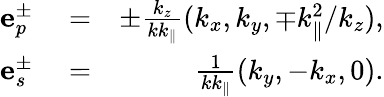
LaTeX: \begin{array}{rlr}{\mathbf{e}_{p}^{\pm}}&{{}=}&{\pm\frac{k_{z}}{kk_{\| }}(k_{x},k_{y},\mp k_{\| }^{2}/k_{z}),}\\ {\mathbf{e}_{s}^{\pm}}&{{}=}&{\frac{1}{kk_{\| }}(k_{y},-k_{x},0).}\end{array}